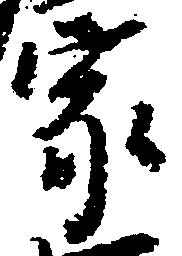
家